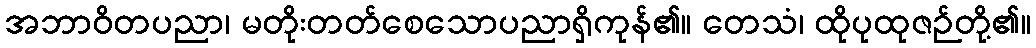
အဘာဝိတပညာ၊ မတိုးတတ်စေသောပညာရှိကုန်၏။ တေသံ၊ ထိုပုထုဇဉ်တို့၏။